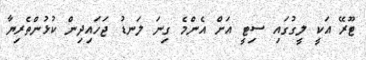
ޓޫރޭ އަކީ ލީގުގައި ސިޓީ އަށް އެންމެ ގިނަ ލަނޑު ޖަހައިދިން ކުޅުންތެރިޔާ